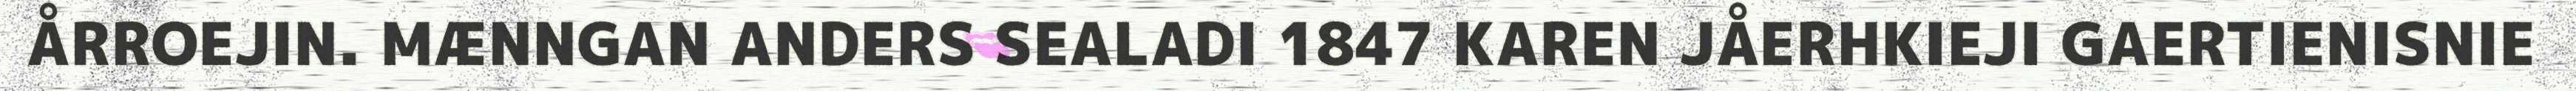
ÅRROEJIN. MÆNNGAN ANDERS SEALADI 1847 KAREN JÅERHKIEJI GAERTIENISNIE